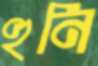
হুনি